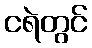
ငရဲတွင်